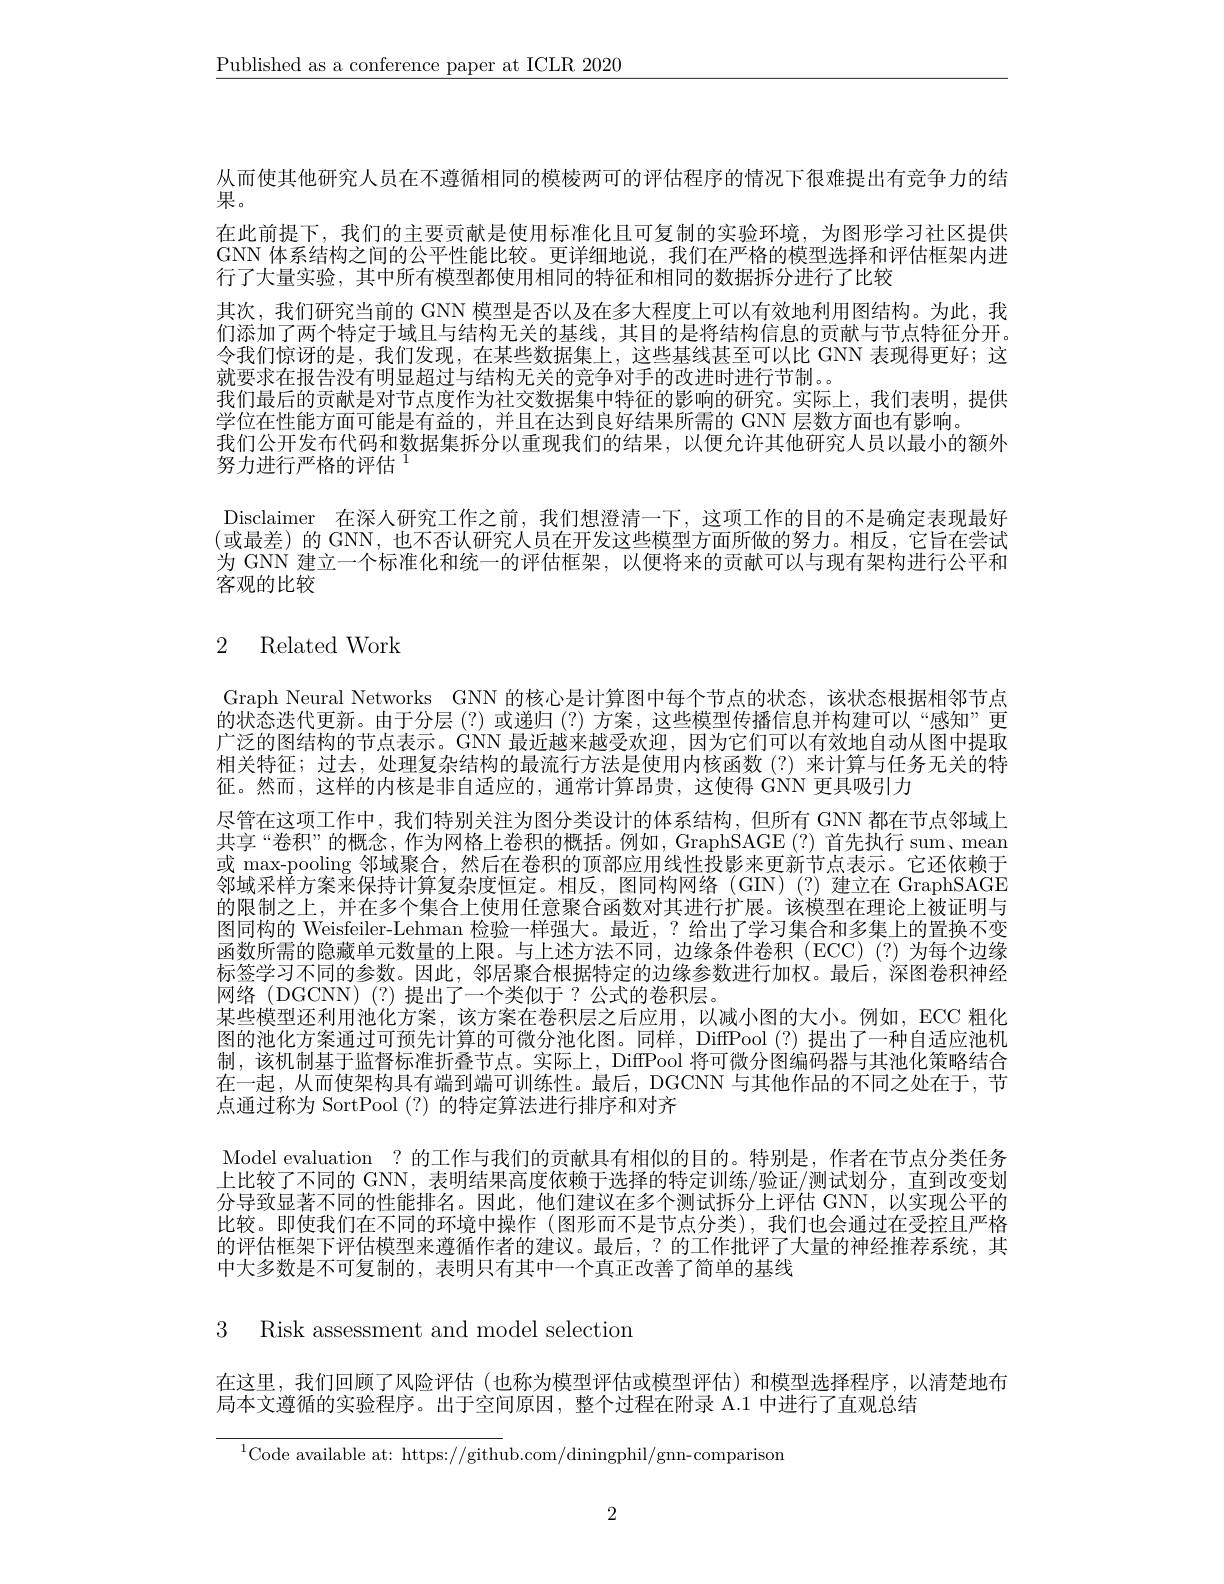
$\underline{\text{Published as a conference paper at ICLR 2020}}$

从而使其他研究人员在不遵循相同的模棱两可的评估程序的情况下很难提出有竞争力的结
果。
在此前提下，我们的主要贡献是使用标准化且可复制的实验环境，为图形学习社区提供GNN 体系结构之间的公平性能比较。更详细地说，我们在严格的模型选择和评估框架内进行了大量实验，其中所有模型都使用相同的特征和相同的数据拆分进行了比较
其次，我们研究当前的 GNN 模型是否以及在多大程度上可以有效地利用图结构。为此，我们添加了两个特定于域且与结构无关的基线，其目的是将结构信息的贡献与节点特征分开。令我们惊讶的是，我们发现，在某些数据集上，这些基线甚至可以比 GNN 表现得更好；这就要求在报告没有明显超过与结构无关的竞争对手的改进时进行节制。。
我们最后的贡献是对节点度作为社交数据集中特征的影响的研究。实际上，我们表明，提供
学位在性能方面可能是有益的，并且在达到良好结果所需的 GNN 层数方面也有影响。
我们公开发布代码和数据集拆分以重现我们的结果，以便允许其他研究人员以最小的额外
努力进行严格的评估

Disclaimer 在深人研究工作之前，我们想澄清一下，这项工作的目的不是确定表现最好(或最差)的 GNN,也不否认研究人员在开发这些模型方面所做的努力。相反，它旨在尝试为 GNN 建立一个标准化和统一的评估框架，以便将来的贡献可以与现有架构进行公平和客观的比较

# 2 Related Work

Graph Neural Networks GNN 的核心是计算图中每个节点的状态，该状态根据相邻节点的状态迭代更新。由于分层(?)或递归(?)方案，这些模型传播信息并构建可以“感知”更广泛的图结构的节点表示。GNN 最近越来越受欢迎，因为它们可以有效地自动从图中提取相关特征；过去，处理复杂结构的最流行方法是使用内核函数(?)来计算与任务无关的特征。然而，这样的内核是非自适应的，通常计算昂贵，这使得 GNN 更具吸引力
尽管在这项工作中，我们特别关注为图分类设计的体系结构，但所有 GNN 都在节点邻域上共享“卷积”的概念，作为网格上卷积的概括。例如，GraphSAGE(?)首先执行 sum、mean 或 max-pooling 邻域聚合，然后在卷积的顶部应用线性投影来更新节点表示。它还依赖于邻域采样方案来保持计算复杂度恒定。相反，图同构网络(GIN)(?)建立在 GraphSAGE 的限制之上，并在多个集合上使用任意聚合函数对其进行扩展。该模型在理论上被证明与图同构的 Weisfeiler-Lehman 检验一样强大。最近，? 给出了学习集合和多集上的置换不变函数所需的隐藏单元数量的上限。与上述方法不同，边缘条件卷积(ECC)(?)为每个边缘标签学习不同的参数。因此，邻居聚合根据特定的边缘参数进行加权。最后，深图卷积神经网络(DGCNN)(?)提出了一个类似于？公式的卷积层。
某些模型还利用池化方案，该方案在卷积层之后应用，以减小图的大小。例如，ECC 粗化图的池化方案通过可预先计算的可微分池化图。同样，DiffPool (?) 提出了一种自适应池机制，该机制基于监督标准折叠节点。实际上，DiffPool 将可微分图编码器与其池化策略结合在一起，从而使架构具有端到端可训练性。最后，DGCNN 与其他作品的不同之处在于，节点通过称为 SortPool (?)的特定算法进行排序和对齐
Model evaluation ? 的工作与我们的贡献具有相似的目的。特别是，作者在节点分类任务上比较了不同的 GNN, 表明结果高度依赖于选择的特定训练/验证/测试划分，直到改变划分导致显著不同的性能排名。因此，他们建议在多个测试拆分上评估 GNN,以实现公平的比较。即使我们在不同的环境中操作(图形而不是节点分类),我们也会通过在受控且严格的评估框架下评估模型来遵循作者的建议。最后，?的工作批评了大量的神经推荐系统，其中大多数是不可复制的，表明只有其中一个真正改善了简单的基线

3 Risk assessment and model selection

在这里，我们回顾了风险评估(也称为模型评估或模型评估)和模型选择程序，以清楚地布

局本文遵循的实验程序。出于空间原因，整个过程在附录 A.1 中进行了直观总结

$^{1}$Code available at: https://github.com/diningphil/gnn-comparison

2